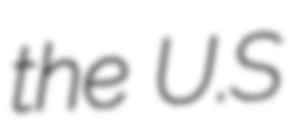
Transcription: the U.S